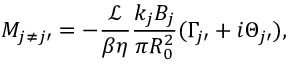
M _ { j \neq j \prime } = - \frac { \mathcal { L } } { \beta \eta } \frac { k _ { j } B _ { j } } { \pi R _ { 0 } ^ { 2 } } ( \Gamma _ { j \prime } + i \Theta _ { j \prime } ) ,